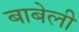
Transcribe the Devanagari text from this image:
बाबेली